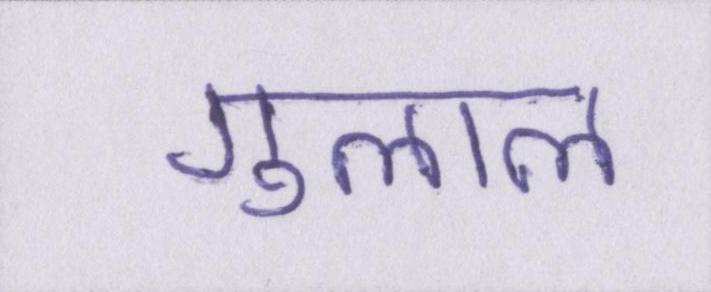
गुलाल